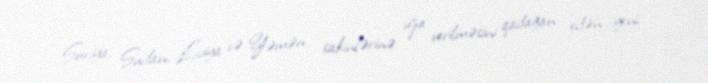
Suriya, Sudan, Liviya və Yəmən sakinlərinə viza verilməsini qadağan edən yeni